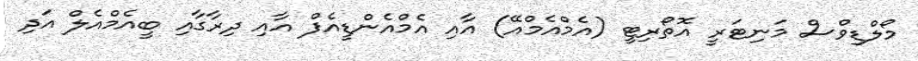
މޯލްޑިވްސް މަނިޓަރީ އޮތޯރިޓީ (އެމްއެމްއޭ) އާއި އެމްއެންޑީއެފް އާއި ދިރާގާއި ބީއެމްއެލް އަދި